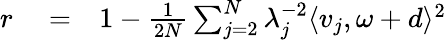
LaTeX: \begin{array}{rlr}{r}&{{}=}&{1-\frac{1}{2N}\sum_{j=2}^{N}\lambda_{j}^{-2}\langle v_{j},\omega+d\rangle^{2}}\end{array}